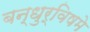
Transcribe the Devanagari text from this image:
बन्धुर्विषमे